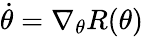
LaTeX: \dot{\theta}=\nabla_{\theta}R(\theta)